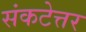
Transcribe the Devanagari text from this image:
संकटेत्तर